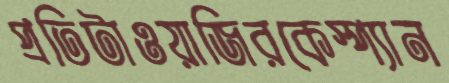
প্রতিটাওয়াজিরকেস্প্যান